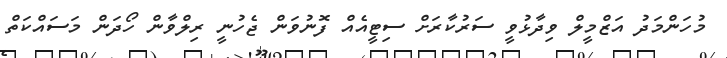
މުހަންމަދު އަޒްމީލް ވިދާޅުވީ ސަރުކާރަށް ސިޓީއެއް ފޮނުވަން ޖެހުނީ ރިލްވާން ހޯދަން މަސައްކަތް